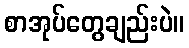
စာအုပ်တွေချည်းပဲ။